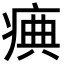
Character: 痶